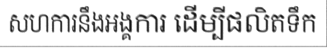
សហការនឹងអង្គការ ដើម្បីផលិតទឹក